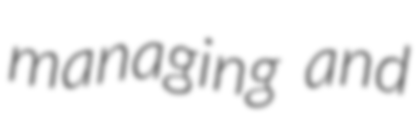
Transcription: managing and